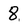
Character: 8